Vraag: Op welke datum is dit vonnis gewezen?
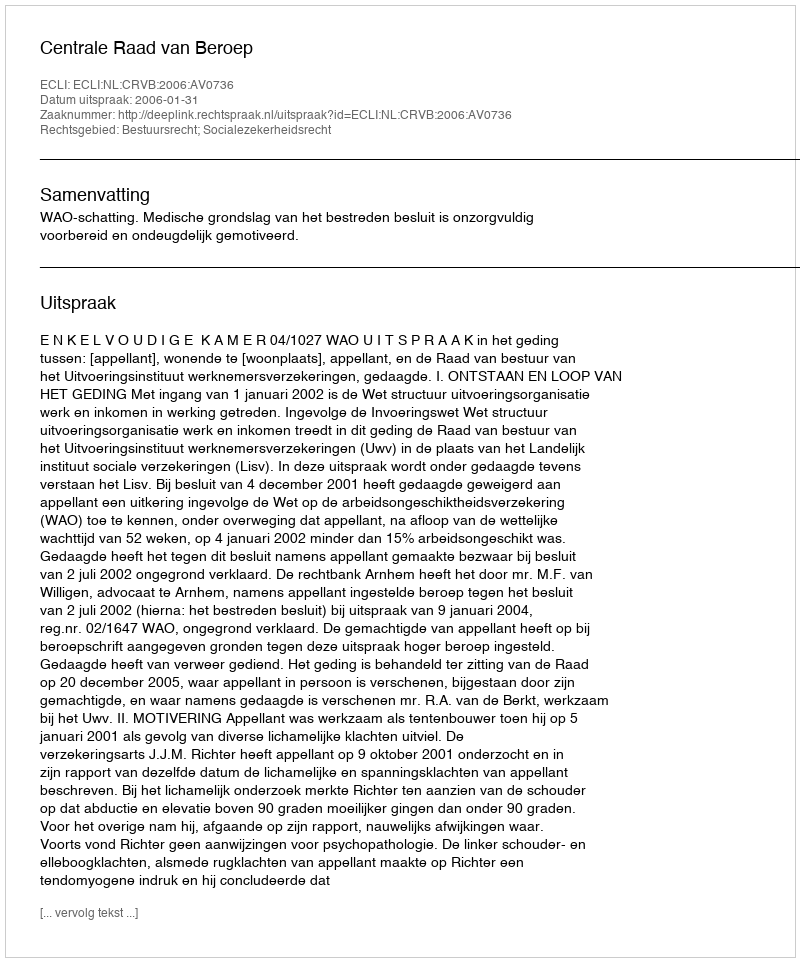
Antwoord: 2006-01-31